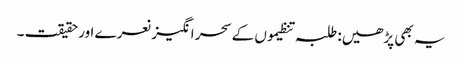
یہ بھی پڑھیں: طلبہ تنظیموں کے سحر انگیز نعرے اور حقیقت ۔